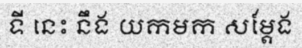
ទី នេះ នឹង យកមក សម្តែង